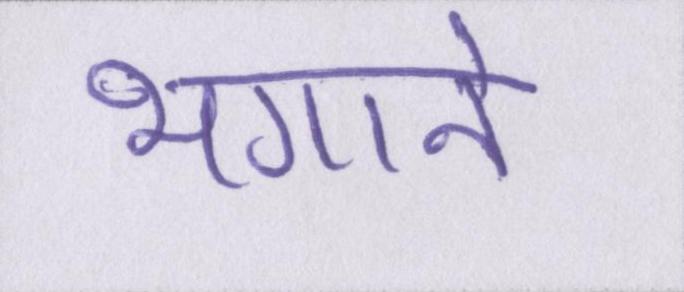
भगाने